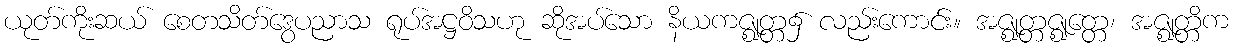
ယုတ်ကိုးဆယ် စေတသိတ်ဒွေပညာသ ရုပ်အဋ္ဌဝိသဟု ဆိုအပ်သော နိယကဇ္ဈတ္တ၌ လည်းကောင်း။ အဇ္ဈတ္တဇ္ဈတ္တေ၊ အဇ္ဈတ္တိက